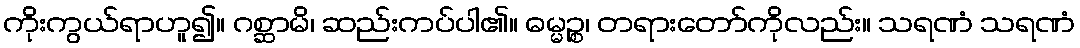
ကိုးကွယ်ရာဟူ၍။ ဂစ္ဆာမိ၊ ဆည်းကပ်ပါ၏။ ဓမ္မဉ္စ၊ တရားတော်ကိုလည်း။ သရဏံ သရဏံ